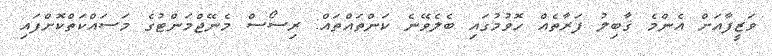
ވަޒީފާއަށް އެންމެ ޤާބިލު ފަރާތެއް ހޮވުމުގައި ބެލެވޭނެ ކަންތައްތައް: ރިސޯސް މެނޭޖްމަންޓުގެ މަސައްކަތްކޮށްފައި